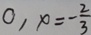
0 , x = - \frac { 2 } { 3 }